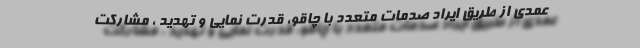
عمدی از طریق ایراد صدمات متعدد با چاقو، قدرت نمایی و تهدید ، مشارکت